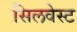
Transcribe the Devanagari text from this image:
सिलवेस्ट